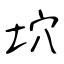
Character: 坹